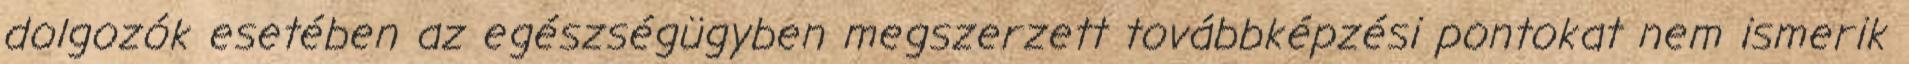
dolgozók esetében az egészségügyben megszerzett továbbképzési pontokat nem ismerik